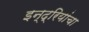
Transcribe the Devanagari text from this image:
इन्द्रियांचा